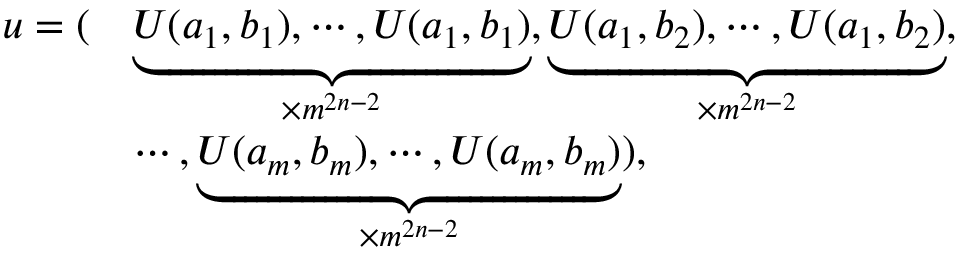
\begin{array} { r l } { \boldsymbol { u } = ( } & { \underbrace { U ( a _ { 1 } , b _ { 1 } ) , \cdots , U ( a _ { 1 } , b _ { 1 } ) } _ { \times m ^ { 2 n - 2 } } , \underbrace { U ( a _ { 1 } , b _ { 2 } ) , \cdots , U ( a _ { 1 } , b _ { 2 } ) } _ { \times m ^ { 2 n - 2 } } , } \\ & { \cdots , \underbrace { U ( a _ { m } , b _ { m } ) , \cdots , U ( a _ { m } , b _ { m } ) } _ { \times m ^ { 2 n - 2 } } ) , } \end{array}